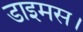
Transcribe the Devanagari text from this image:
डाइमस।